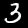
Label: 3